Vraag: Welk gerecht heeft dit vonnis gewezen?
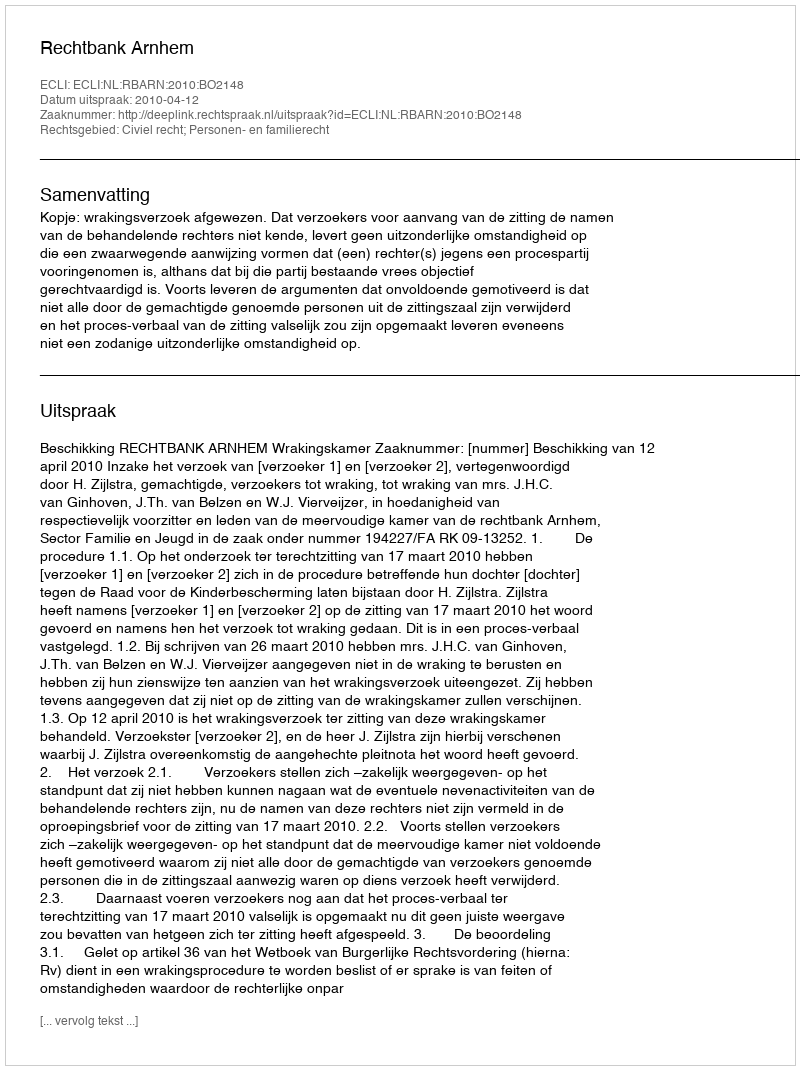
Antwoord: Rechtbank Arnhem